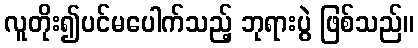
လူတိုး၍ပင်မပေါက်သည့် ဘုရားပွဲ ဖြစ်သည်။